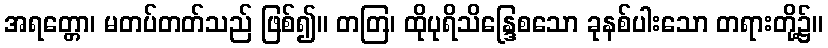
အရတ္တော၊ မတပ်တတ်သည် ဖြစ်၍။ တတြ၊ ထိုပုရိသိန္ဒြေစသော ခုနစ်ပါးသော တရားတို့၌။